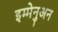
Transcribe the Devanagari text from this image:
इम्मेनुअन